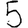
Digit: 5